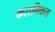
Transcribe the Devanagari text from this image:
करानिकल